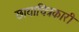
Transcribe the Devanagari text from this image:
छायाचित्रकारी